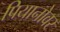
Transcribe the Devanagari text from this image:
पियानोवर